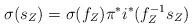
LaTeX: \begin{align*}\sigma(s_Z) = \sigma(f_Z) \pi^* i^*(f_Z^{-1} s_Z)\end{align*}